Burma Government Medical School reports 1923-41
Year: 1923
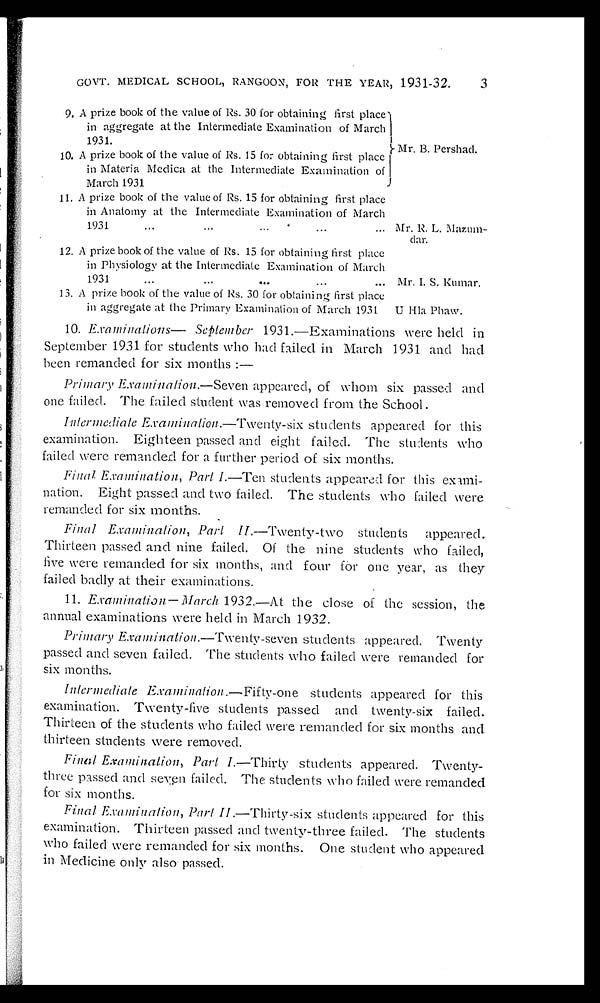
GOVT. MEDICAL SCHOOL, RANGOON, FOR THE YEAR, 1931-32.
3
9. A prize book of the value of Rs. 30 for obtaining first place
in aggregate at the Intermediate Examination of March
1931... ... ....
} Mr. B. Perhad.
10. A prize book of the value of Rs. 15 for obtaining first place
in Materia Medica at the Intermediate Examination of
March 1931
11. A prize book of the value of Rs. 15 for obtaining first place
in Anatomy at the Intermediate Examination of March
1931
... Mr. R L.
Mazum-
. . . . . . . . . . . . . .
12. A prize book of the value of Rs. 15 for obtaining first place
in Physiology at the Intermediate Examination of
M a r c h 1 9 3 1
. . .
. . . M r . I . S . K u m a r .
13. A prize book of the value of Rs. 30 for obtaining first place
in aggregate at the Primary Examination of March 1931. U Hla Phaw.
is
10. Examinations—.September 1931.—Examinations were held in
September 1931 for students who had failed in March 1931 and had
been remanded for six months :—
Primary Examination.—Seven appeared, of whom six passed and
one failed. The failed student was removed from the School .
Intermediate Examinatiom—Twenty- six students appeared for this
examination. Eighteen passed and eight failed. The students who
failed were remanded for a further period of six months.
Final Examination, Part I.—Ten students appeared for this
examin-
.
nation. Eight passed and two failed. The students who failed were
•
remanded for six months.
Final Examination, Part II .—Twenty-two students appeared.
•
Thirteen passed and nine failed. Of the nine students who failed,
five were remanded for six months, and four for one year, as they
•
failed badly at their examinations.
•
11.Examination.—March
1932.—At the dose of the session, the
annual examinations were held in March 1932.
Primary Examination.—Twenty-seven students appeared. Twenty
•
passed and seven failed. The students who failed were remanded for
six months.
Intermediate Examination—Fifty-one students appeared for this
examination. Twenty-live students passed and twenty-six failed.
Thirteen of the students who failed were remanded for six months and
thirteen students were removed.
Final Examination, Part I.—Thirty students appeared. Twenty
-
three passed and seven failed. The students who failed were remanded
for six months.
Final Examination, Part II .—Thirty-six students appeared for this
examination. Thirteen passed and twenty-three failed. The students
who failed were remanded for six months. One student who appeared
in Medicine only also passed.